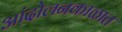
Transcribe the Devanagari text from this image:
आंदोलनकाळात